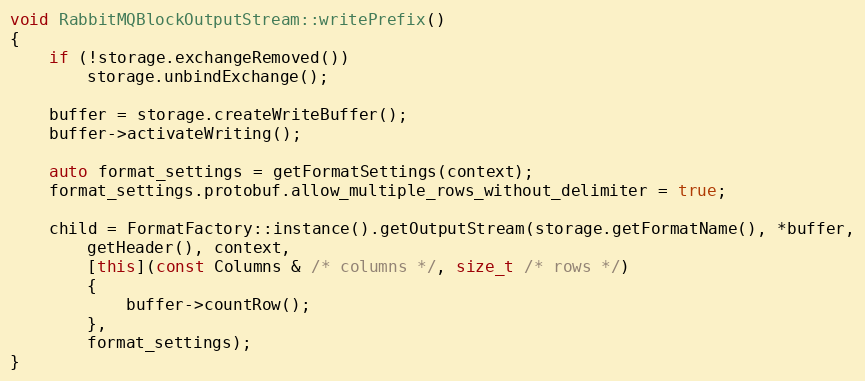
Language: C++
void RabbitMQBlockOutputStream::writePrefix()
{
    if (!storage.exchangeRemoved())
        storage.unbindExchange();

    buffer = storage.createWriteBuffer();
    buffer->activateWriting();

    auto format_settings = getFormatSettings(context);
    format_settings.protobuf.allow_multiple_rows_without_delimiter = true;

    child = FormatFactory::instance().getOutputStream(storage.getFormatName(), *buffer,
        getHeader(), context,
        [this](const Columns & /* columns */, size_t /* rows */)
        {
            buffer->countRow();
        },
        format_settings);
}